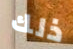
ذلك